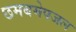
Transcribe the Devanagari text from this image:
छमबमेपजल